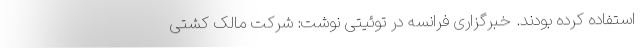
استفاده کرده بودند. خبرگزاری فرانسه در توئیتی نوشت: شرکت مالک کشتی